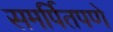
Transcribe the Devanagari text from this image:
समर्पितपणे